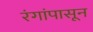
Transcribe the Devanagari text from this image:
रंगांपासून